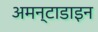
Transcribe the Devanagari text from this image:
अमन्टाडाइन